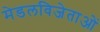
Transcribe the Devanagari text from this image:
मेडलविजेताओं